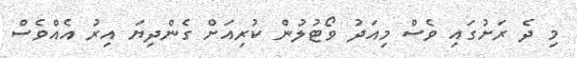
މި ދެ ރަށުގައި ވެސް މިއަދު ވޯޓުލުން ކުރިއަށް ގެންދިޔަ އިރު އެއްވެސް